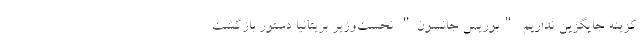
گزینه جایگزین نداریم "بوریس ‌جانسون" نخست‌وزیر بریتانیا دستور بازگشت